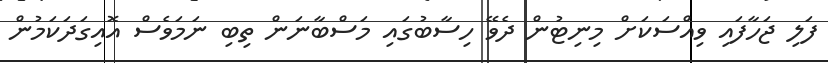
ފަލި ޖަހާފައި ވިއްސަކަށް މިނިޓުން ދެވޭ ހިސާބުގައި މަސްބާނަން ތިބި ނަމަވެސް އޮއިގަދަކަމުން